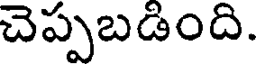
చెప్పబడింది.